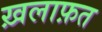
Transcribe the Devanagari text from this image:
ख़लाफ़त